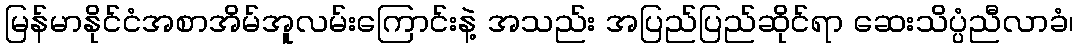
မြန်မာနိုင်ငံအစာအိမ်အူလမ်းကြောင်းနဲ့ အသည်း အပြည်ပြည်ဆိုင်ရာ ဆေးသိပ္ပံညီလာခံ၊